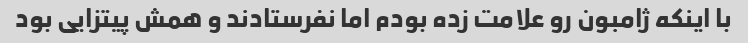
با اینکه ژامبون رو علامت زده بودم اما نفرستادند و همش پیتزایی بود